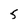
Character: 5